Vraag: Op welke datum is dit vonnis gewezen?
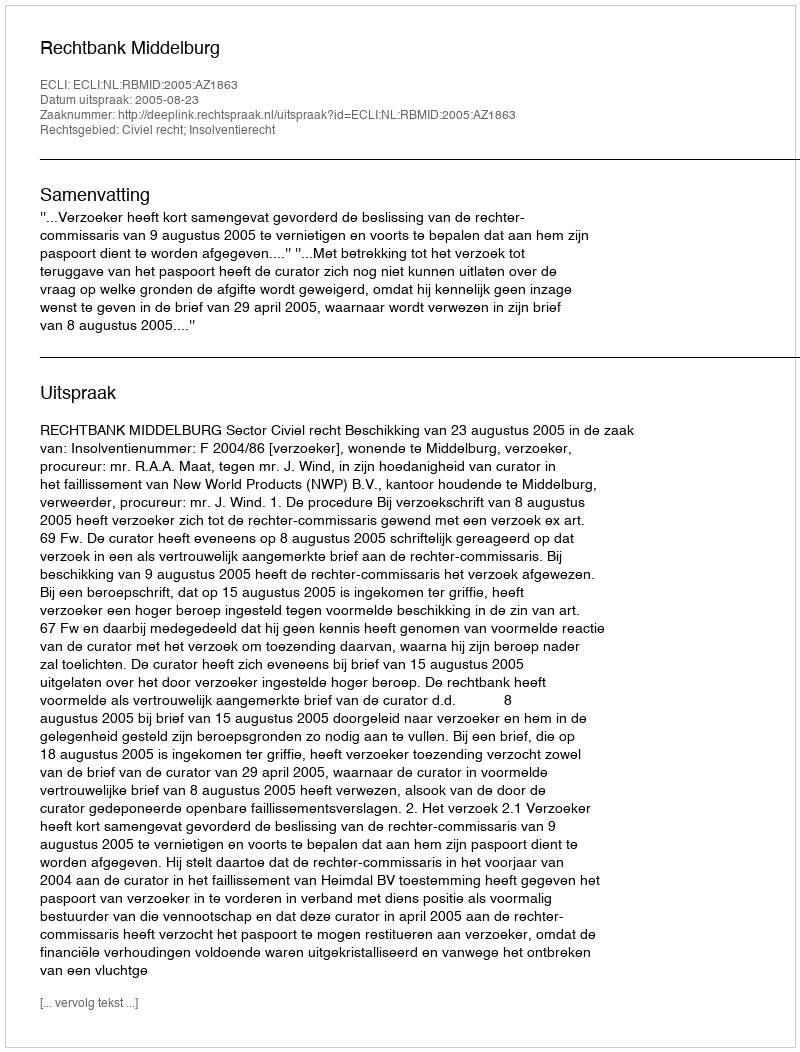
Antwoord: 2005-08-23